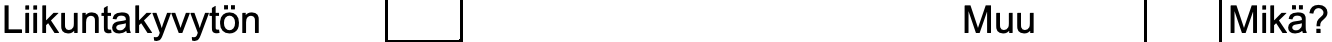
Liikuntakyvytön                 Muu      Mikä?